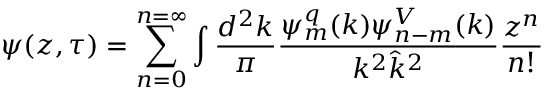
\psi ( z , \tau ) = \sum _ { n = 0 } ^ { n = \infty } \int \frac { d ^ { 2 } k } { \pi } \frac { \psi _ { m } ^ { q } ( k ) \psi _ { n - m } ^ { V } ( k ) } { k ^ { 2 } \hat { k } ^ { 2 } } \frac { z ^ { n } } { n ! }